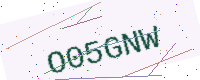
Text: O05GNW